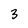
Character: 3